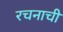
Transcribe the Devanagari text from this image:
रचनाची